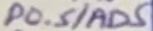
Text: P0.5/AD5